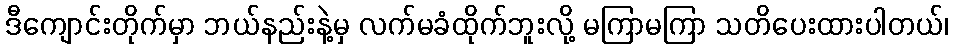
ဒီကျောင်းတိုက်မှာ ဘယ်နည်းနဲ့မှ လက်မခံထိုက်ဘူးလို့ မကြာမကြာ သတိပေးထားပါတယ်၊